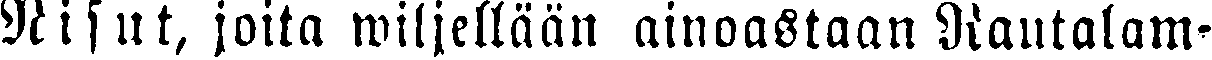
Nisut, joita wiljellään ainoastaan Rautalam-